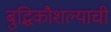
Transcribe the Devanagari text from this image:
बुद्धिकौशल्याची